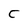
Character: C